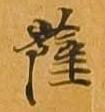
薩